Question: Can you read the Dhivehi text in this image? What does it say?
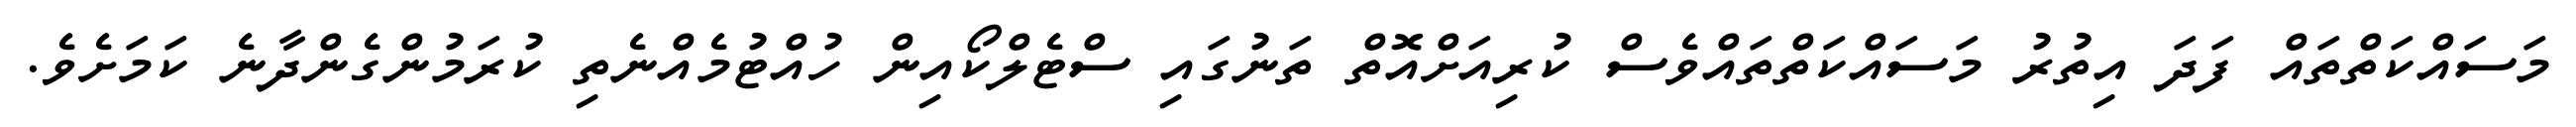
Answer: މަސައްކަތްތައް ފަދަ އިތުރު މަސައްކަތްތައްވެސް ކުރިއަށްއޮތް ތަނުގައި ސްޓެލްކޯއިން ހުއްޓުމެއްނެތި ކުރަމުންގެންދާނެ ކަމަށެވެ.